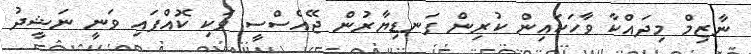
ނާޒިމް މިދައްކާ ވާހަކައިން ކުރިން ފަނޑިޔާރުން ޖޭއެސްސީ ވަކި ކޮއްފައި ވަނީ ނަޝީދު